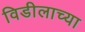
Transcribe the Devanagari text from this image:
विडीलाच्या